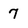
Character: 7